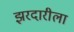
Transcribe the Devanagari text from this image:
झरदारीला